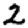
Digit: 2